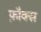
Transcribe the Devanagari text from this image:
फ़ौक्स